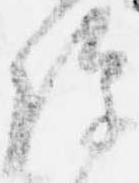
除